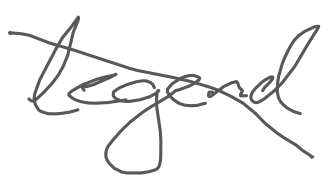
Text: legend
Cross-out: diagonal
Writing tool: digital_gray